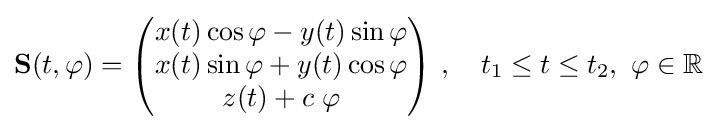
\mathbf {S} (t,\varphi )={\begin{pmatrix}x(t)\cos \varphi -y(t)\sin \varphi \\x(t)\sin \varphi +y(t)\cos \varphi \\z(t)+c\;\varphi \end{pmatrix}}\ ,\quad t_{1}\leq t\leq t_{2},\ \varphi \in \mathbb {R} \